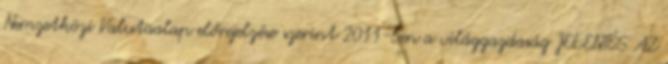
Nemzetközi Valutaalap előrejelzése szerint 2011-ben a világgazdaság JELENTÉS AZ